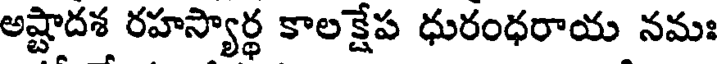
అష్టాదశ రహస్యార్థ కాలక్షేప ధురంధరాయ నమః